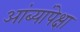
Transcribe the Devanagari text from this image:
आंब्यांपेक्षा